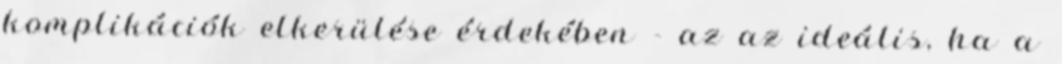
komplikációk elkerülése érdekében - az az ideális, ha a